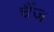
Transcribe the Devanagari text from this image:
चैंज